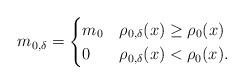
LaTeX: \begin{align*} m_{0,\delta}=\begin{cases}m_{0} & \rho_{0,\delta}(x) \geq \rho_{0}(x)\\0 & \rho_{0,\delta}(x) < \rho_{0}(x) . \end{cases}\end{align*}